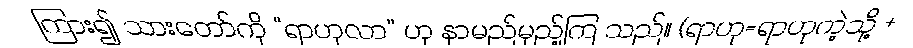
ကြား၍ သားတော်ကို “ရာဟုလာ” ဟု နာမည်မှည့်ကြ သည်။ (ရာဟု=ရာဟုကဲ့သို့ +